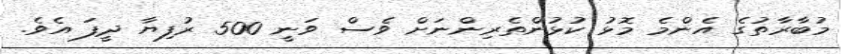
މުބާރާތުގެ އެންމެ މޮޅު ކުޅުންތެރިންނަށް ވެސް ވަނީ 500 ރުފިޔާ ދީފަ އެވެ.